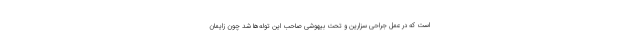
است که در عمل جراحی سزارین و تحت بیهوشی صاحب این توله‌ها شد چون زایمان